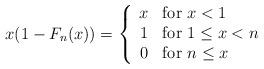
LaTeX: \begin{align*}x(1-F_n(x)) = \left\{ \begin{array}{rl}x & \mbox{for $x < 1$} \\1 & \mbox{for $1 \le x < n$ } \\0 & \mbox{for $n \le x $}\end{array} \right.\end{align*}